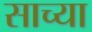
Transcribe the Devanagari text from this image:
साच्या